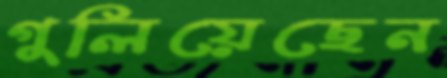
গুলিয়েছেন